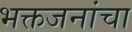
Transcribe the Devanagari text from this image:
भक्तजनांचा